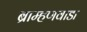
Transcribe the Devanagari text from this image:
ब्राम्हणवाडा